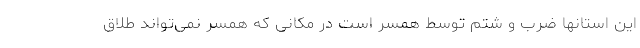
این استانها ضرب و شتم توسط همسر است در مکانی که همسر نمی‌تواند طلاق